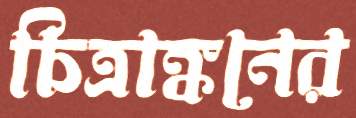
চিত্রাঙ্কনের